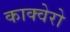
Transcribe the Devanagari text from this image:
काक्वेरो